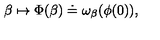
\beta \mapsto \Phi ( \beta ) \doteq \omega _ { \beta } ( \phi ( 0 ) ) ,